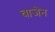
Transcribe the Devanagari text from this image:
वाजेन